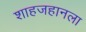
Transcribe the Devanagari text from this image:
शाहजहानला